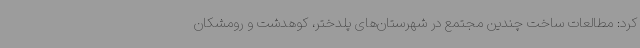
کرد: مطالعات ساخت چندین مجتمع در شهرستان‌های پلدختر، کوهدشت و رومشکان